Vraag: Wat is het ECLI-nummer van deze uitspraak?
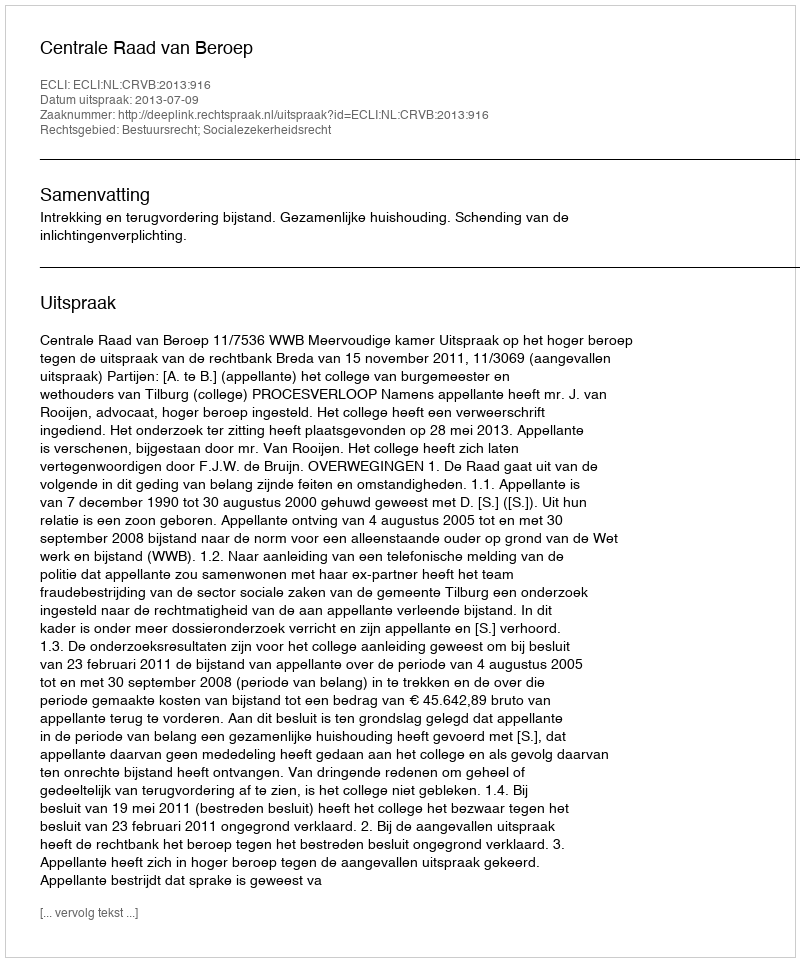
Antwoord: ECLI:NL:CRVB:2013:916